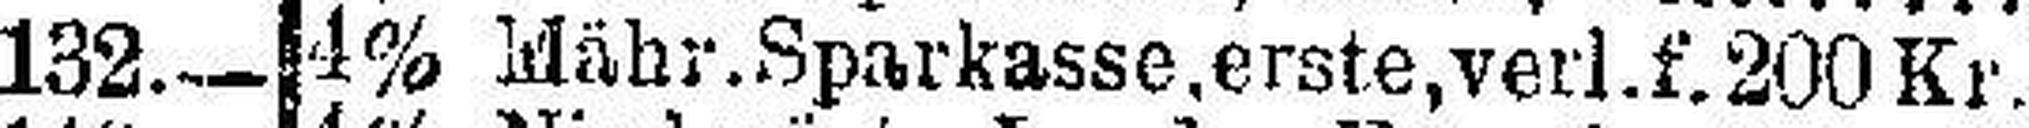
4% Mähr. Sparkasse.erste, verl.f. 200 Kr.